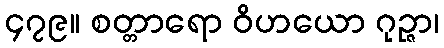
၄၇၉။ စတ္တာရော ဝိဟယော ဂုဉ္ဇာ၊